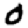
Digit: 0